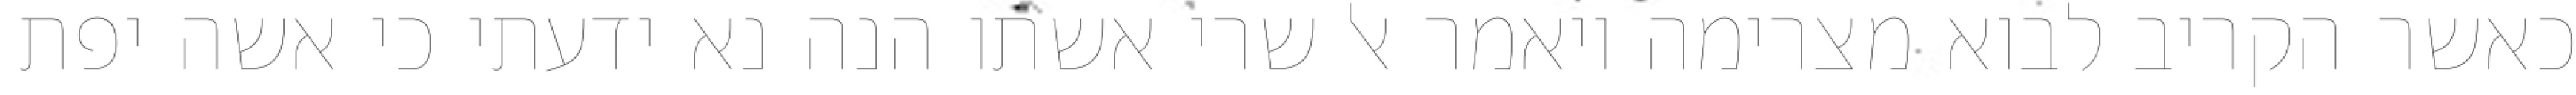
כאשר הקריב לבוא מצרימה ויאמר אל שרי אשתו הנה נא ידעתי כי אשה יפת